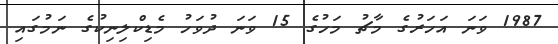
1987 ވަނަ އަހަރުގެ މާޗު މަހުގެ 15 ވަނަ ދުވަހު މެޑިކްލިނިކުގެ ނަމުގައި